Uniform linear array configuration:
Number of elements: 8
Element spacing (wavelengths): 0.75
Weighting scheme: hamming
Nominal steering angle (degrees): -15
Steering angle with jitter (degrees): -16.061
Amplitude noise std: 0.05
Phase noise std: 0.05

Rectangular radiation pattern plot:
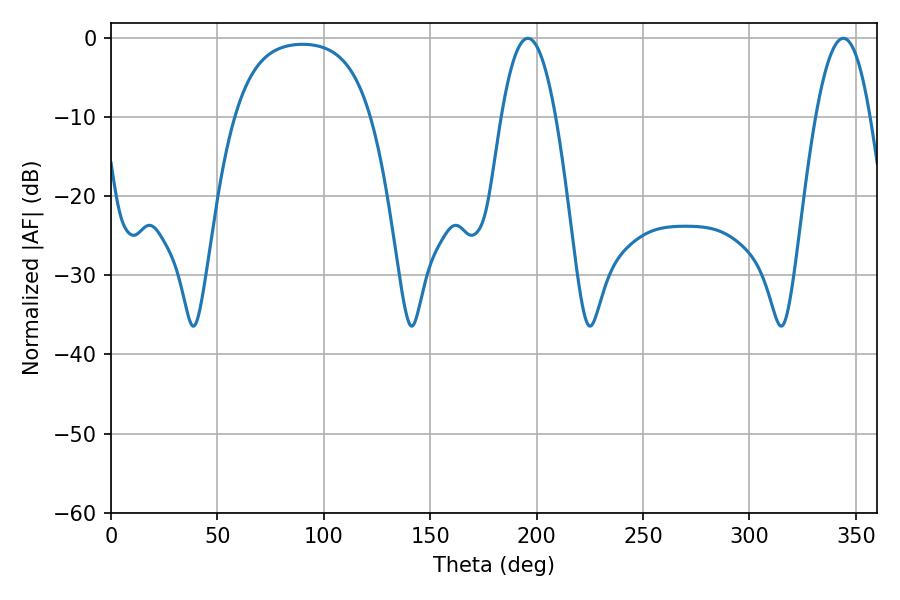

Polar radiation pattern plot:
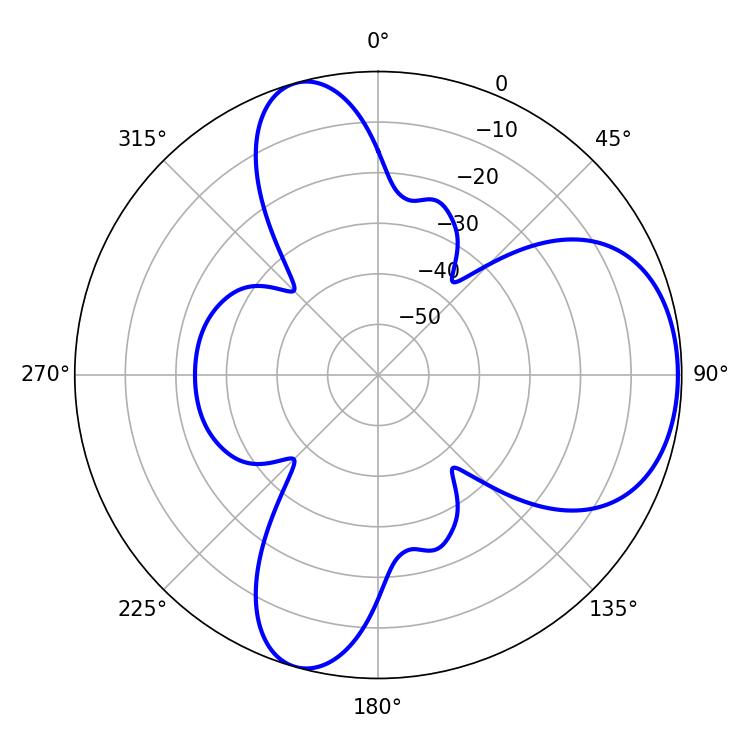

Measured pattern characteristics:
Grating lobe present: TRUE
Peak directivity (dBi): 6.32
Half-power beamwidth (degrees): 14.04
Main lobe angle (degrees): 195.84